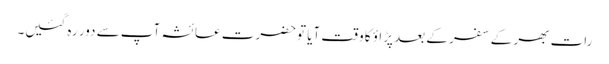
رات بھر کے سفر کے بعد پڑاؤ کا وقت آیا توحضرت عائشہ آپ سے دور رہ گئیں۔